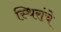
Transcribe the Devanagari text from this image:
स्थिरांचे